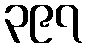
၃၉၇